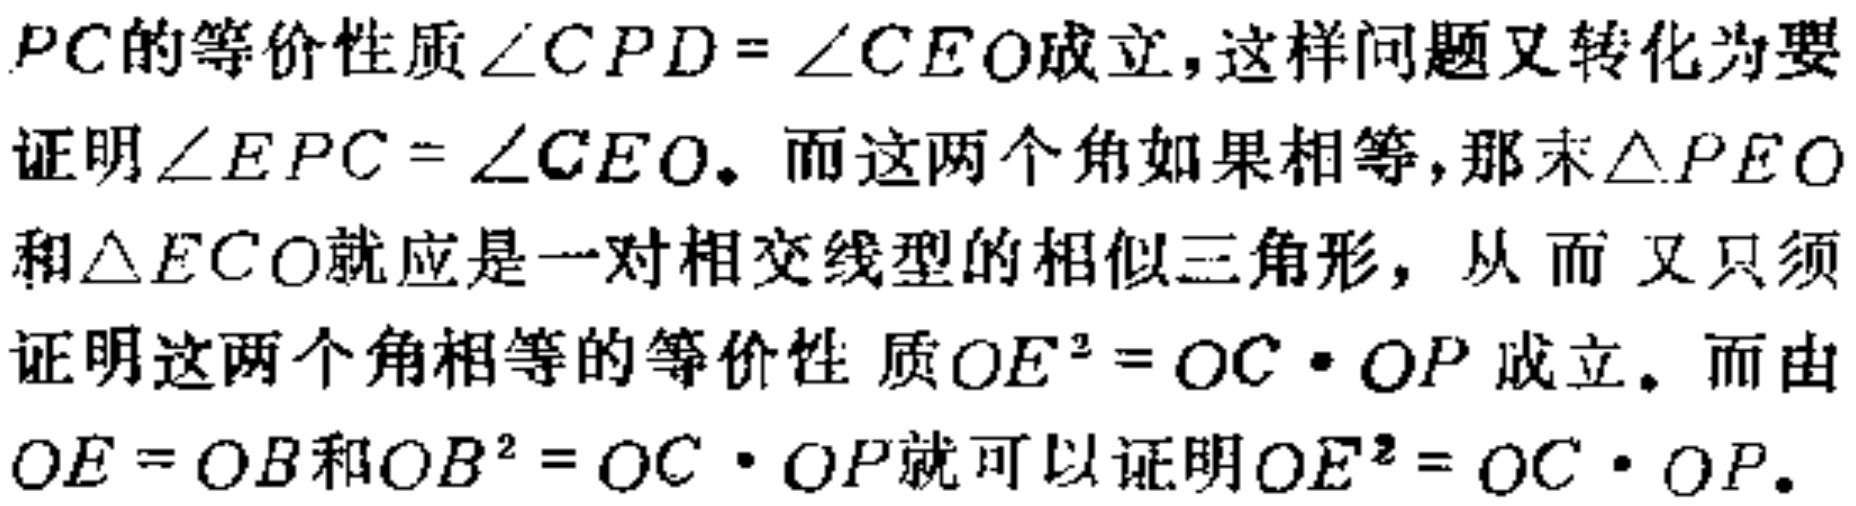
$PC$的等价性质$\angle CPD = \angle CEO$成立，这样问题又转化为要证明$\angle EPC = \angle CEO$。而这两个角如果相等，那末$\triangle PEO$和$\triangle ECO$就应是一对相交线型的相似三角形，从而 又只须证明这两个角相等的等价性 质$OE^{2}=OC\cdot OP$成立。而由$OE = OB$和$OB^{2}=OC\cdot OP$就可以证明$OE^{2}=OC\cdot OP$。